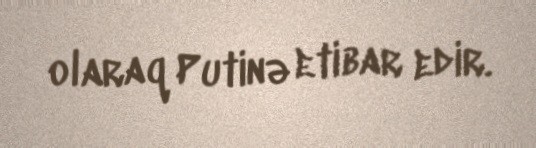
olaraq Putinə etibar edir.